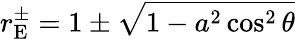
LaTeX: r_{\mathrm{{E}}}^{\pm}=1\pm{\sqrt{1-a^{2}\cos^{2}\theta}}